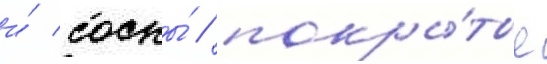
и́ сосны́ / покры́тые